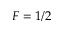
F = 1 / 2